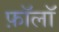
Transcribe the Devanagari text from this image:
फ़ॉलॉ